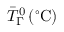
{ \bar { T } _ { \Gamma } } ^ { 0 } \, ( ^ { \circ } \mathrm { C } )